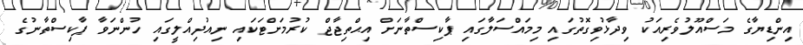
އިންޑިޔާގެ މަސްއޫލުވެރިއަކު ވިދާޅުވިގޮތުގައި މިމައްސަލާގައި ޕާކިސްތާނަށް އިޙްތިޖާޖް ކުރުމަށްޓަކައި ނިއުދިއްލީގައި ހުންނަވާ ޕާކިސްތާނުގެ